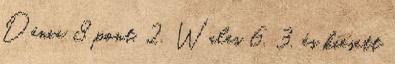
Dánia 8 pont, 2. Wales 6, 3. és kiesett